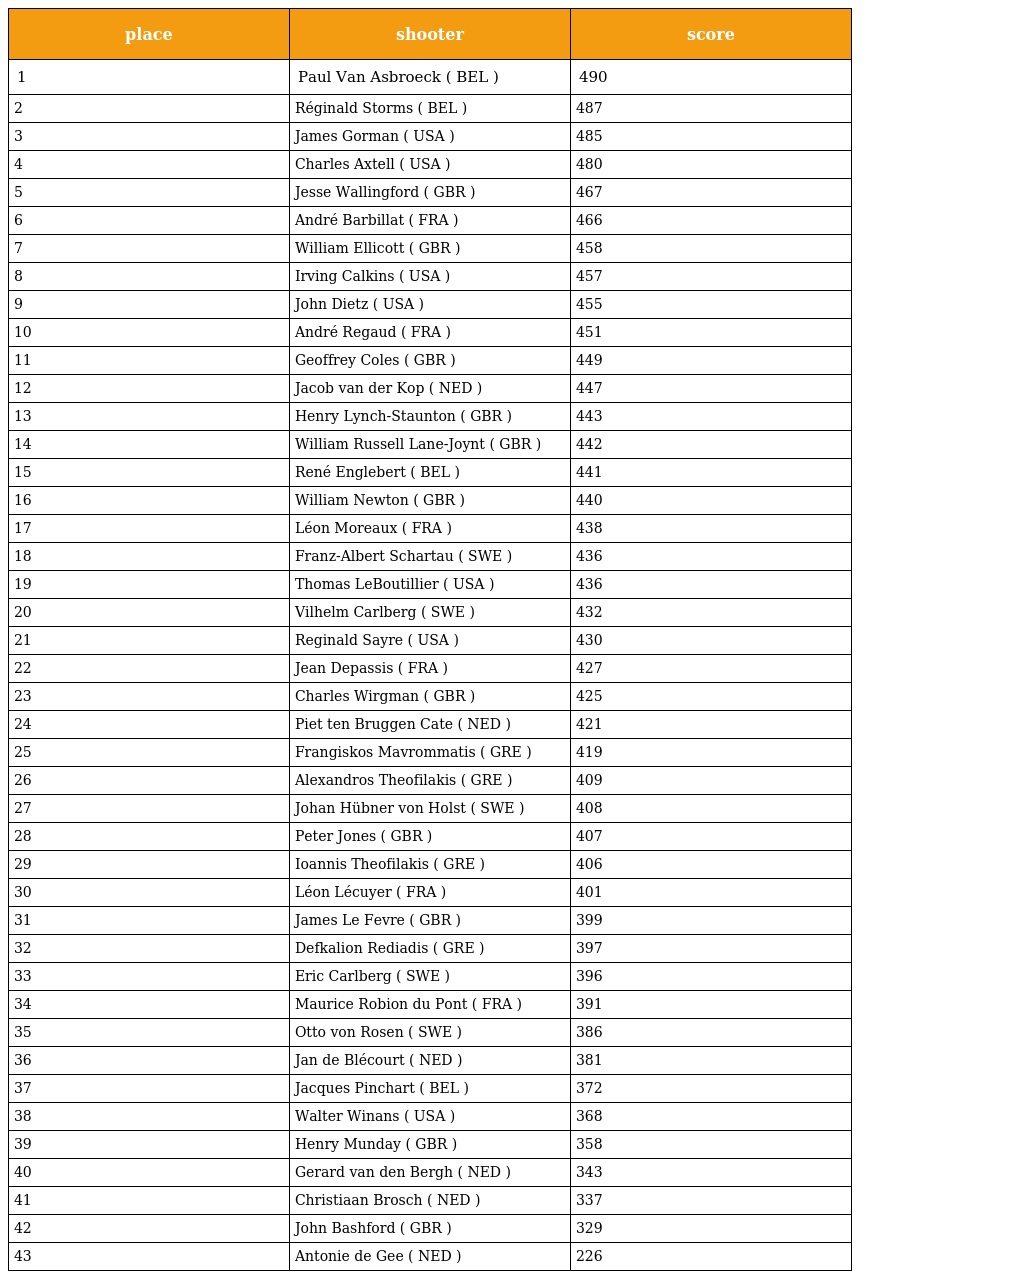
| place | shooter | score |
 | --- | --- | --- |
 | 1 | Paul Van Asbroeck ( BEL ) | 490 |
 | 2 | Réginald Storms ( BEL ) | 487 |
 | 3 | James Gorman ( USA ) | 485 |
 | 4 | Charles Axtell ( USA ) | 480 |
 | 5 | Jesse Wallingford ( GBR ) | 467 |
 | 6 | André Barbillat ( FRA ) | 466 |
 | 7 | William Ellicott ( GBR ) | 458 |
 | 8 | Irving Calkins ( USA ) | 457 |
 | 9 | John Dietz ( USA ) | 455 |
 | 10 | André Regaud ( FRA ) | 451 |
 | 11 | Geoffrey Coles ( GBR ) | 449 |
 | 12 | Jacob van der Kop ( NED ) | 447 |
 | 13 | Henry Lynch-Staunton ( GBR ) | 443 |
 | 14 | William Russell Lane-Joynt ( GBR ) | 442 |
 | 15 | René Englebert ( BEL ) | 441 |
 | 16 | William Newton ( GBR ) | 440 |
 | 17 | Léon Moreaux ( FRA ) | 438 |
 | 18 | Franz-Albert Schartau ( SWE ) | 436 |
 | 19 | Thomas LeBoutillier ( USA ) | 436 |
 | 20 | Vilhelm Carlberg ( SWE ) | 432 |
 | 21 | Reginald Sayre ( USA ) | 430 |
 | 22 | Jean Depassis ( FRA ) | 427 |
 | 23 | Charles Wirgman ( GBR ) | 425 |
 | 24 | Piet ten Bruggen Cate ( NED ) | 421 |
 | 25 | Frangiskos Mavrommatis ( GRE ) | 419 |
 | 26 | Alexandros Theofilakis ( GRE ) | 409 |
 | 27 | Johan Hübner von Holst ( SWE ) | 408 |
 | 28 | Peter Jones ( GBR ) | 407 |
 | 29 | Ioannis Theofilakis ( GRE ) | 406 |
 | 30 | Léon Lécuyer ( FRA ) | 401 |
 | 31 | James Le Fevre ( GBR ) | 399 |
 | 32 | Defkalion Rediadis ( GRE ) | 397 |
 | 33 | Eric Carlberg ( SWE ) | 396 |
 | 34 | Maurice Robion du Pont ( FRA ) | 391 |
 | 35 | Otto von Rosen ( SWE ) | 386 |
 | 36 | Jan de Blécourt ( NED ) | 381 |
 | 37 | Jacques Pinchart ( BEL ) | 372 |
 | 38 | Walter Winans ( USA ) | 368 |
 | 39 | Henry Munday ( GBR ) | 358 |
 | 40 | Gerard van den Bergh ( NED ) | 343 |
 | 41 | Christiaan Brosch ( NED ) | 337 |
 | 42 | John Bashford ( GBR ) | 329 |
 | 43 | Antonie de Gee ( NED ) | 226 |